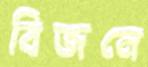
বিজনে